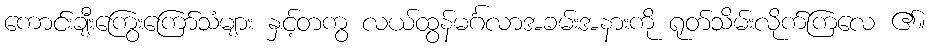
ကောင်းချီးကြွေးကြော်သံများ နှင့်တကွ လယ်ထွန်မင်္ဂလာအခမ်းအနားကို ရုတ်သိမ်းလိုက်ကြလေ ၏။